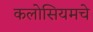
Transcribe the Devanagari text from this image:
कलोसियमचे